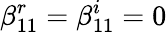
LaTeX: \beta_{11}^{r}=\beta_{11}^{i}=0